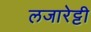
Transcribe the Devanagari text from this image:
लजारेट्टी